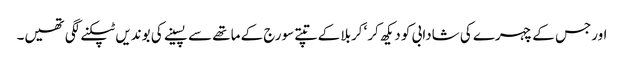
اورجس کے چہرے کی شادابی کو دیکھ کر‘ کربلا کے تپتے سورج کے ماتھے سے پسینے کی بوندیں ٹپکنے لگی تھیں۔